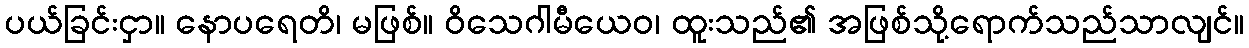
ပယ်ခြင်းငှာ။ နောပရေတိ၊ မဖြစ်။ ဝိသေဂါမီယေဝ၊ ထူးသည်၏ အဖြစ်သို့ရောက်သည်သာလျင်။